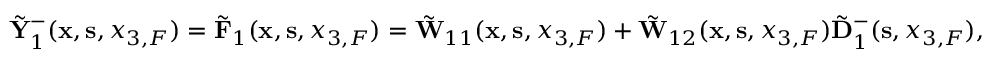
\begin{array} { r } { \tilde { \bf Y } _ { 1 } ^ { - } ( { { \bf x } } , { { \bf s } } , { x _ { 3 , F } } ) = \tilde { \bf F } _ { 1 } ( { { \bf x } } , { { \bf s } } , { x _ { 3 , F } } ) = \tilde { \bf W } _ { 1 1 } ( { { \bf x } } , { { \bf s } } , { x _ { 3 , F } } ) + \tilde { \bf W } _ { 1 2 } ( { { \bf x } } , { { \bf s } } , { x _ { 3 , F } } ) \tilde { \bf D } _ { 1 } ^ { - } ( { \bf s } , x _ { 3 , F } ) , } \end{array}